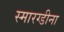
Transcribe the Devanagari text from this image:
स्मारग्डीना